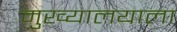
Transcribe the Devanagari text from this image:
मुख्यालयाला